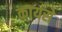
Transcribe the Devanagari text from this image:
कायसे